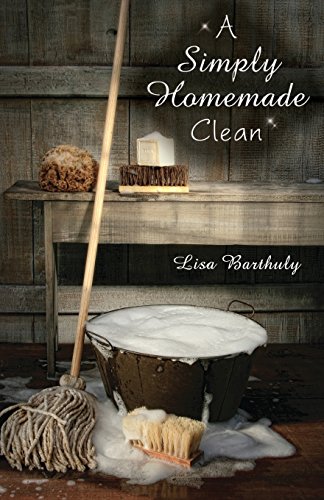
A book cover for A Simply Homemade Clean; Lisa Barthuly; Crafts, Hobbies & Home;